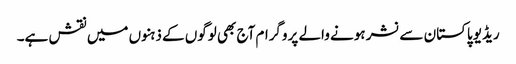
ریڈیو پاکستان سے نشر ہونے والے پروگرام آج بھی لوگوں کے ذہنوں میں نقش ہے۔